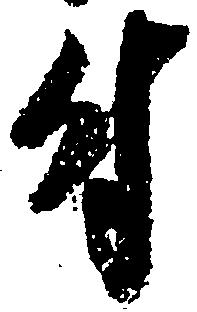
付